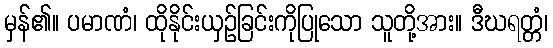
မှန်၏။ ပမာဏံ၊ ထိုနိုင်းယှဉ်ခြင်းကိုပြုသော သူတို့အား။ ဒီဃရတ္တံ၊